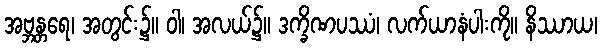
အဗ္ဘန္တရေ၊ အတွင်း၌။ ဝါ၊ အလယ်၌။ ဒက္ခိဏပဿံ၊ လက်ယာနံပါးကို။ နိဿာယ၊